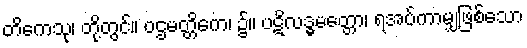
တိကေသု၊ တို့တွင်။ ပဌမတ္တိကေ၊ ၌။ ပဋိလဒ္ဓမတ္တော၊ ရအပ်ကာမျှဖြစ်သော